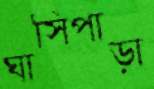
ঘাসিপাড়া